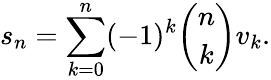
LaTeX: s_{n}=\sum_{k=0}^{n}(-1)^{k}{\binom{n}{k}}v_{k}.